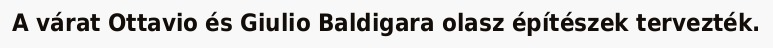
A várat Ottavio és Giulio Baldigara olasz építészek tervezték.